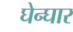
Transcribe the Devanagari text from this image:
घेन्घार